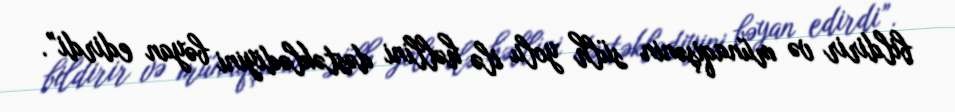
bildirir və münaqişənin sülh yolu ilə həllini dəstəklədiyini bəyan edirdi”.